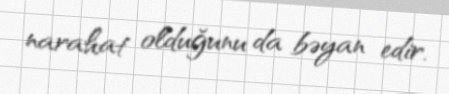
narahat olduğunu da bəyan edir.